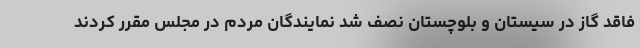
فاقد گاز در سیستان و بلوچستان نصف شد نمایندگان مردم در مجلس مقرر کردند